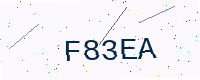
Text: F83EA